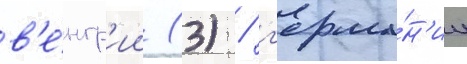
в'е́нгр'ии (3) / г'ерма́н'ии